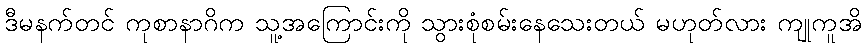
ဒီမနက်တင် ကုစာနာဂိက သူ့အကြောင်းကို သွားစုံစမ်းနေသေးတယ် မဟုတ်လား ကျုကူအိ